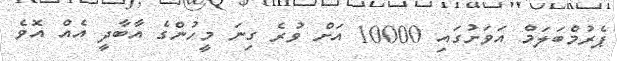
ޕެރުމްބަލަމް އަވަށުގައި 10000 އަށް ވުރެ ގިނަ މީހުންގެ އާބާދީ އެއް އޮވެ